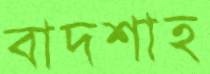
বাদশাহ